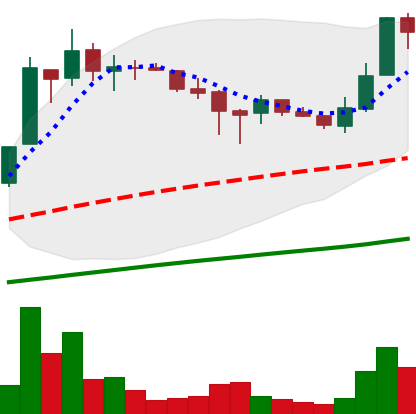
Ticker: LTC-USD
Chart end date: 2017-07-05
Forward return: -12.441%
Label: down_7plus